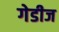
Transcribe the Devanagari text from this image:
गेडीज